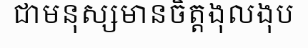
ជាមនុស្សមានចិត្តងុលងុប